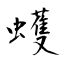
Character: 蠖